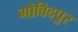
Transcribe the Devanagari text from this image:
गोविदपुर